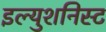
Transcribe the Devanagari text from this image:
इल्युशनिस्ट